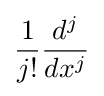
{\frac {1}{j!}}{\frac {d^{j}}{dx^{j}}}